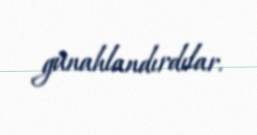
günahlandırdılar.